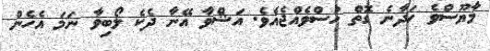
މާޔޫސްވެ ހަދާނެ ގޮތް ހުސްވެއްޖެއެވެ. އަޝްވާ އޭނާ ދެކެ ލޯބިވާ ނަމަ އެހެން